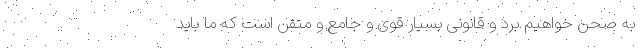
به صحن خواهیم برد و قانونی بسیار قوی و جامع و متقن است که ما باید